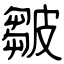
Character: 皺